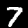
Label: 7